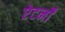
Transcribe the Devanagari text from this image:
ऐटर्नों